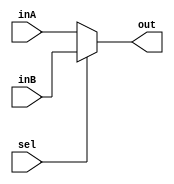
`timescale 1ns / 1ps

////////////////////////////////////////////////////////////////////////////////
// ECE369 - Computer Architecture
// 
// Module - Mux32Bit2To1.v
// Description - Performs signal multiplexing between 2 32-Bit words.
////////////////////////////////////////////////////////////////////////////////

module Mux32Bit2To1(out, inA, inB, sel);

    output [31:0] out;
    
    input [31:0] inA;
    input [31:0] inB;
    input sel;

    /* Fill in the implementation here ... */ 
    
    //If sel is 0, out = inA; if sel is 1, out = inB
    assign out = (sel == 0) ? inA :
                 (sel == 1) ? inB :
                 32'bX;

endmodule